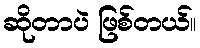
ဆိုတာပဲ ဖြစ်တယ်။